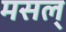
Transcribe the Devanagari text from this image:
मसल्‌